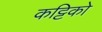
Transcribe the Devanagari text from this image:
कट्टिको